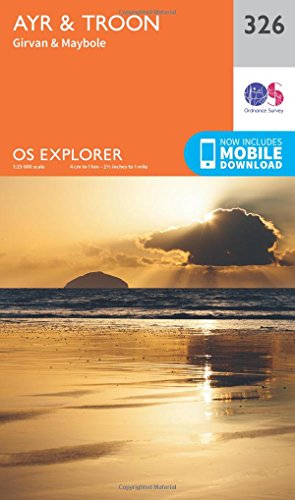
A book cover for Ayr and Troon (OS Explorer Map); Ordnance Survey; Travel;